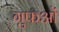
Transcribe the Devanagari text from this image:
गुफओं